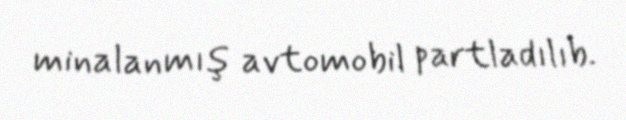
minalanmış avtomobil partladılıb.